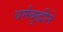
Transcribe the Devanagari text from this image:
धर्मबुद्धीने